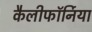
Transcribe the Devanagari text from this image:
कैलीफॉर्निया